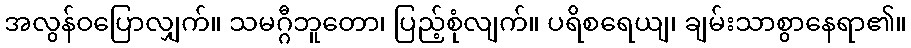
အလွန်ဝပြောလျှက်။ သမဂ္ဂီဘူတော၊ ပြည့်စုံလျက်။ ပရိစရေယျ၊ ချမ်းသာစွာနေရာ၏။